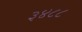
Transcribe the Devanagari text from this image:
३४८८